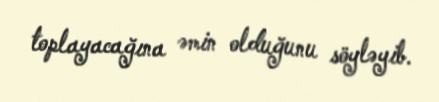
toplayacağına əmin olduğunu söyləyib.